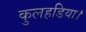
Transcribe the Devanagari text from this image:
कुलहडिया।